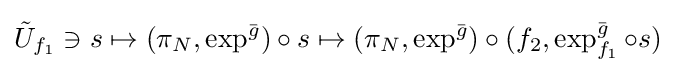
{\tilde {U}}_{f_{1}}\ni s\mapsto (\pi _{N},\exp ^{\bar {g}})\circ s\mapsto (\pi _{N},\exp ^{\bar {g}})\circ (f_{2},\exp _{f_{1}}^{\bar {g}}\circ s)